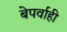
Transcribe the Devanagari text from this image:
बेपर्वाही